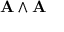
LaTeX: \mathbf { A } \wedge \mathbf { A }